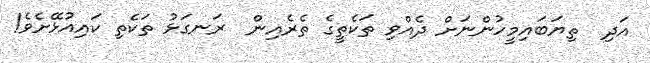
އަދި  ތިޔަބައިމީހުންނަށް ދެއްވި ތަކެތީގެ ތެރެއިން  ރަނގަޅު ތަކެތި ކައިއުޅޭށެވެ!